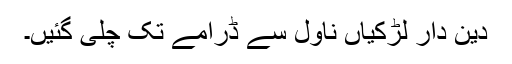
دین دار لڑکیاں ناول سے ڈرامے تک چلی گئیں۔